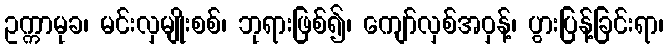
ဥက္ကာမုခ၊ မင်းလှမျိုးစစ်၊ ဘုရားဖြစ်၍၊ ကျော်လှစ်အဝှန့်၊ ပွားပြန့်ခြင်းရာ၊